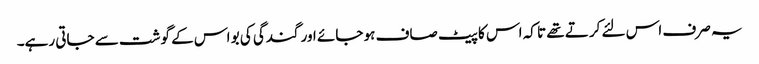
یہ صرف اس لئے کرتے تھے تا کہ اس کا پیٹ صاف ہو جائے اور گندگی کی بو اس کے گوشت سے جاتی رہے۔